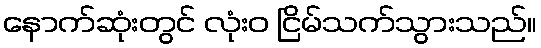
နောက်ဆုံးတွင် လုံးဝ ငြိမ်သက်သွားသည်။